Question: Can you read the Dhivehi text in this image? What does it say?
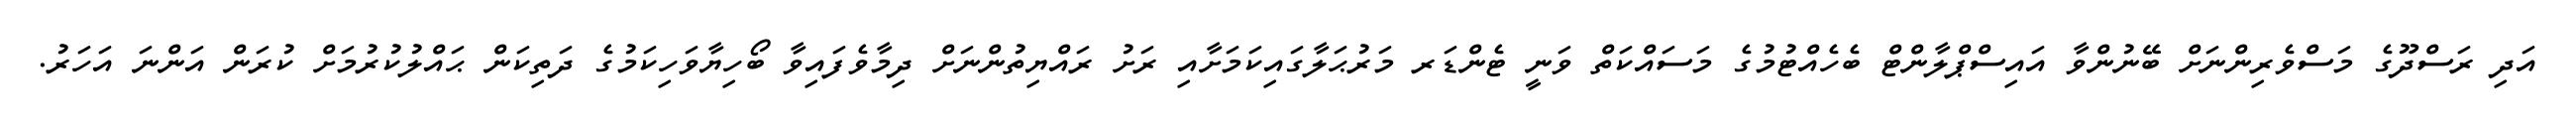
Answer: އަދި ރަސްދޫގެ މަސްވެރިންނަށް ބޭނުންވާ އައިސްޕްލާންޓް ބެހެއްޓުމުގެ މަސައްކަތް ވަނީ ޓެންޑަރ މަރުޙަލާގައިކަމަށާއި ރަށު ރައްޔިތުންނަށް ދިމާވެފައިވާ ބޯހިޔާވަހިކަމުގެ ދަތިކަން ޙައްލުކުރުމަށް ކުރަން އަންނަ އަހަރު.